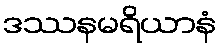
ဒဿနမရိယာနံ